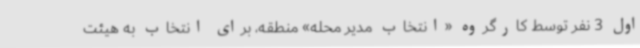
اول 3‌ نفر توسط کارگروه «انتخاب مدیر محله» منطقه، برای انتخاب به هیئت